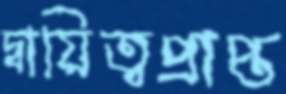
দ্বায়িত্বপ্রাপ্ত